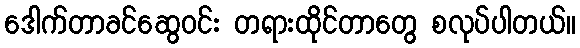
ဒေါက်တာခင်ဆွေဝင်း တရားထိုင်တာတွေ စလုပ်ပါတယ်။